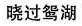
晓过鸳湖